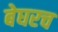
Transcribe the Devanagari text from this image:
बेघरच